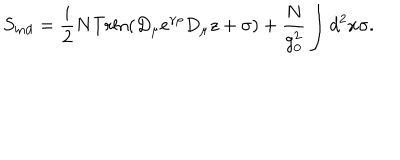
S _ { \mathrm { i n d } } = { \frac { i } { 2 } } N \mathrm { T r l n } ( D _ { \mu } \mathrm { e } ^ { \gamma \rho } D _ { \mu } z + \sigma ) + { \frac { N } { g _ { 0 } ^ { 2 } } } \int d ^ { 2 } x \sigma .